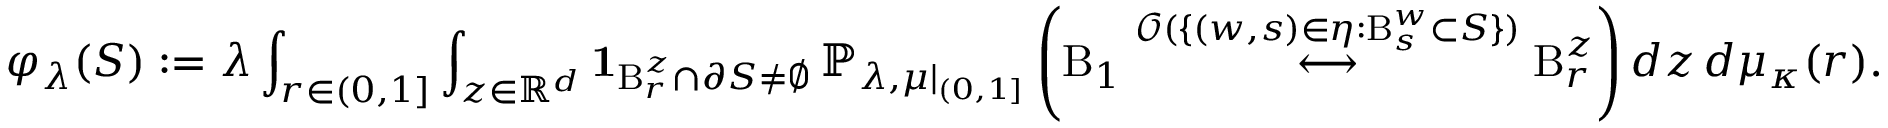
\varphi _ { \lambda } ( S ) : = \lambda \int _ { r \in ( 0 , 1 ] } \int _ { z \in \mathbb { R } ^ { d } } \mathbf { 1 } _ { \mathrm B _ { r } ^ { z } \cap \partial S \neq \emptyset } \, \mathbb { P } _ { \lambda , \mu | _ { ( 0 , 1 ] } } \left( \mathrm B _ { 1 } \stackrel { \mathcal { O } ( \{ ( w , s ) \in \eta : \mathrm B _ { s } ^ { w } \subset S \} ) } { \longleftrightarrow } \mathrm B _ { r } ^ { z } \right) d z \, d \mu _ { \kappa } ( r ) .